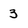
Character: 3